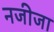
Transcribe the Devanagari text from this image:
नजीजा